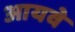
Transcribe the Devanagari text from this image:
आयवे